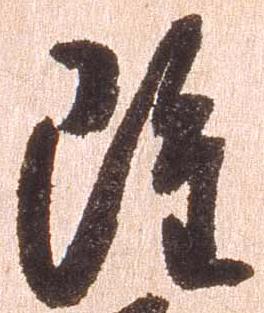
雖